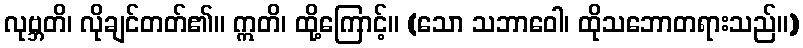
လုဗ္ဘတိ၊ လိုချင်တတ်၏။ ဣတိ၊ ထို့ကြောင့်။ (သော သဘာဝေါ၊ ထိုသဘောတရားသည်။)